Insane asylums in Bengal annual reports 1867-1875 - 1867-1875
Year: 1867
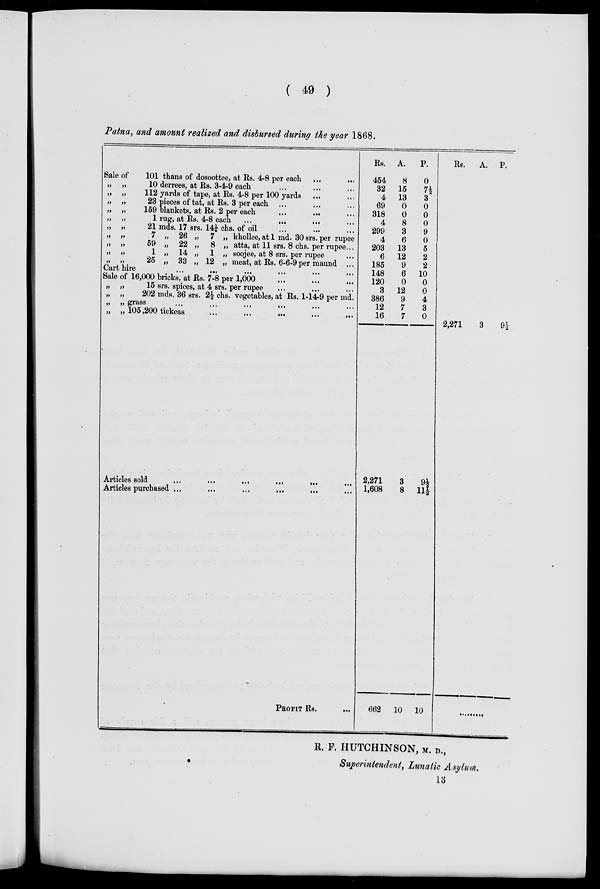
( 49 )
Patna, and amount realized and disbursed during the year 1868.
Sale of
101 thans of dosoottee, at Rs. 4-8 per each ... ...
„ „
10 derrees, at Rs. 3-4-9 each ... ... ...
„ „
112 yards of tape, at Rs. 4-8 per 100 yards ... ...
„ „
23 pieces of tat, at Rs. 3 per each ... ... ...
„ „
159 blankets, at Rs. 2 per each
...
...
...
„ „
1 rug, at Rs. 4-8 each
...
...
... ...
„ „
21 mds. 17 srs. 14¼ chs. of oil ... ... ...
„ „
7 „ 26 „ 7 „ khollee,at 1 md. 30 srs. per rupee
„ „
59 „ 22 „ 8 „ atta, at 11 srs. 8 chs. per rupee...
„ „
1 „ 14 „ 1 „ soojee, at 8 srs. per rupee ...
„ „
25 „ 33 „ 12 „ meat, at Rs. 6-6-9 per maund ...
Cart hire ... ... ... ...
Sale of 16,000 bricks, at Rs. 7-8 per 1,000 ... ... ...
„ „
15 srs. spices, at 4 srs. per rupee ... ... ...
„ „
202 mds. 36 srs. 2½ chs. vegetables, at Rs. 1-14-9 per md.
„ „ grass
...
...
...
...
...
„ „ 105,200 tickeas
...
...
...
...
...
Articles sold
...
...
...
...
...
Articles purchased
...
...
...
...
...
PROFIT RS.
...
Rs.
454
32
4
69
318
4
299
4
203
6
185
148
120
3
386
12
16
2,271
1,608
662
A.
8
15
13
0
0
8
3
6
13
12
9
6
0
12
9
7
7
3
8
10
P.
0
7½
3
0
0
0
9
0
5
2
2
10
0
0
4
3
0
9½
11½
10
Rs.
2,271
A.
3
P.
9½
........
R. F. HUTCHINSON, M. D.,
Superintendent, Lunatic Asylum.
13